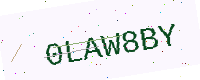
Text: 0LAW8BY